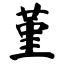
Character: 堇